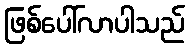
ဖြစ်ပေါ်လာပါသည်